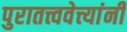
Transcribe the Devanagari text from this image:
पुरातत्त्ववेत्त्यांनी